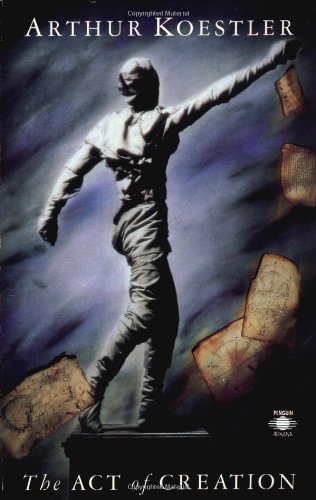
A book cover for The Act of Creation (Arkana); Arthur Koestler; Health, Fitness & Dieting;